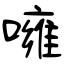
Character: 噰